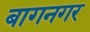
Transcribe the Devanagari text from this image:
बागनगर